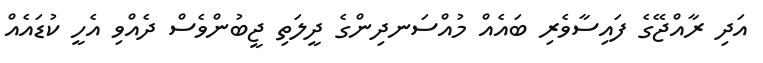
އަދި ރާއްޖޭގެ ފައިސާވެރި ބައެއް މުއްސަނދިންގެ ދީލަތި ޖީބުންވެސް ދެއްވި އެހީ ކުޑައެއް